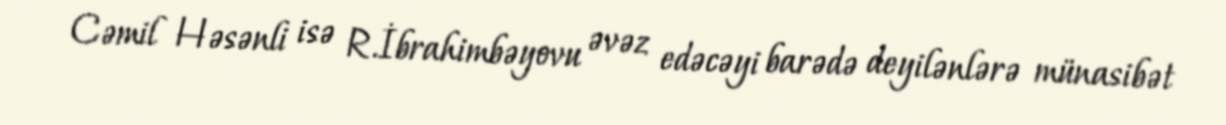
Cəmil Həsənli isə R.İbrahimbəyovu əvəz edəcəyi barədə deyilənlərə münasibət